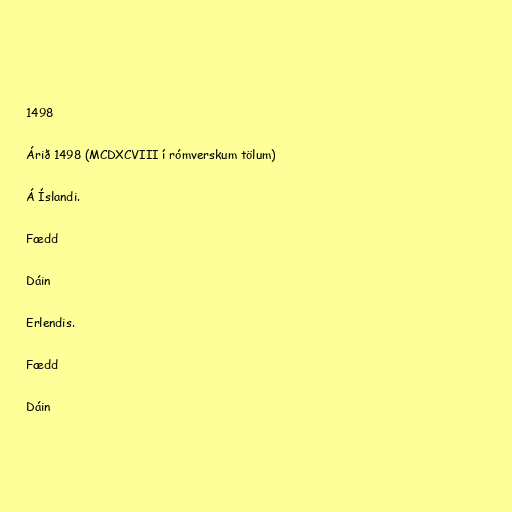
1498

Árið 1498 (MCDXCVIII í rómverskum tölum)

Á Íslandi.

Fædd

Dáin

Erlendis.

Fædd

Dáin